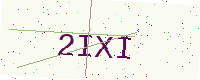
Text: 2IXI